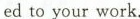
ed to your work.